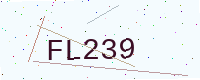
Text: FL239